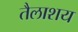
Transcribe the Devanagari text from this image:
तैलाशय